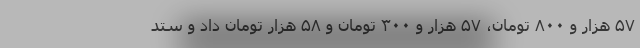
۵۷ هزار و ۸۰۰ تومان، ۵۷ هزار و ۳۰۰ تومان و ۵۸ هزار تومان داد و ستد